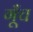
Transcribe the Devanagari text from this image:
गूँच